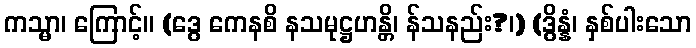
ကသ္မာ၊ ကြောင့်။ (ဒွေ ကေနစိ နသမုဋ္ဌဟန္တိ၊ န်သနည်း?၊) (ဒွိန္နံ၊ နှစ်ပါးသော